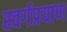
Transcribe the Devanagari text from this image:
स्वर्गप्रयाण